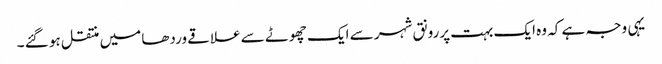
یہی وجہ ہے کہ وہ ایک بہت پررونق شہر سے ایک چھوٹے سے علاقے وردھا میں منتقل ہو گئے ۔